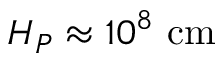
H _ { P } \approx 1 0 ^ { 8 } \ \mathrm { c m }